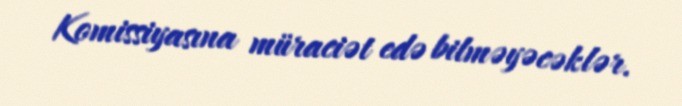
Komissiyasına müraciət edə bilməyəcəklər.